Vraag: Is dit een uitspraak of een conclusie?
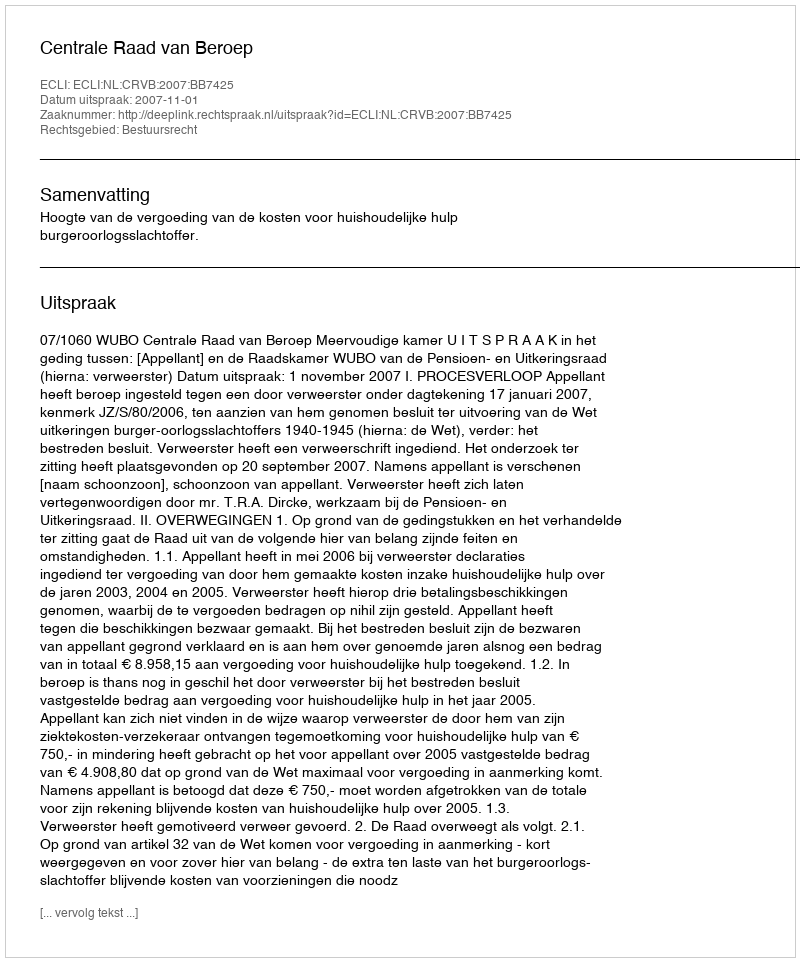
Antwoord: Uitspraak